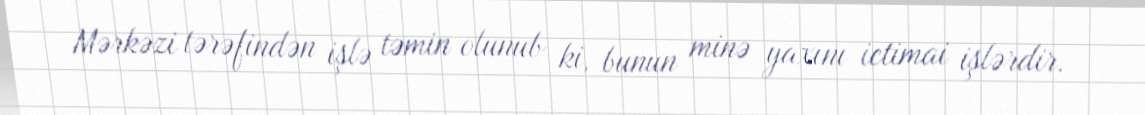
Mərkəzi tərəfindən işlə təmin olunub ki, bunun minə yaxını ictimai işlərdir.